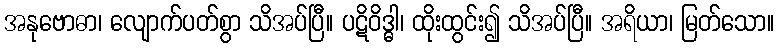
အနုဗောဓာ၊ လျောက်ပတ်စွာ သိအပ်ပြီ။ ပဋိဝိဒ္ဓါ၊ ထိုးထွင်း၍ သိအပ်ပြီ။ အရိယာ၊ မြတ်သော။